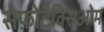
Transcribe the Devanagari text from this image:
सेफ़ोटैक्सिओम